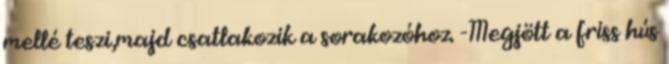
mellé teszi,majd csatlakozik a sorakozóhoz. -Megjött a friss hús